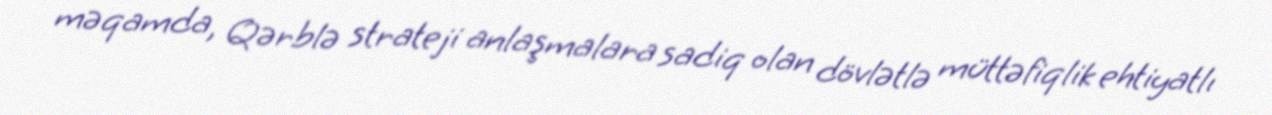
məqamda, Qərblə strateji anlaşmalara sadiq olan dövlətlə müttəfiqlik ehtiyatlı